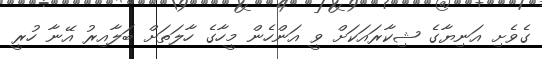
ގެވެށި އަނިޔާގެ ޝިކާރައަކަށް ވީ އަންހެން މީހާގެ ހާލަތަށް ބަލާއިރު އޭނާ ހުރީ